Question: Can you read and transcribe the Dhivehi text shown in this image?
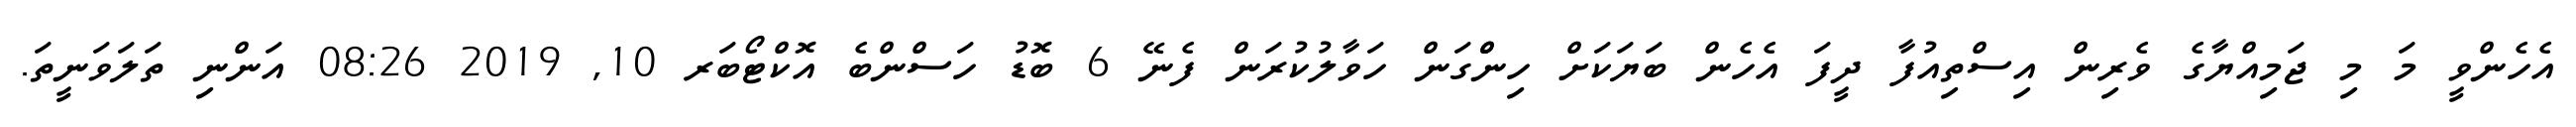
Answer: އެހެންވީ މަ މި ޖަމިއްޔާގެ ވެރިން އިސްތިއުފާ ދީފަ އެހެން ބަޔަކަށް ހިންްގަން ހަވާލުކުރަން ފެނޭ 6 ބޮޑު ހަސްންބެ އޮކްޓޯބަރ 10, 2019 08:26 އަންނި ތަލަވަނީތަ.